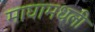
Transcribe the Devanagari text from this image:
माघामधली